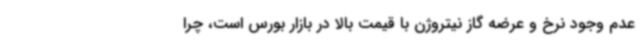
عدم وجود نرخ و عرضه گاز نیتروژن با قیمت بالا در بازار بورس است، چرا